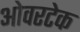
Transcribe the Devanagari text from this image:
ओवरटेक